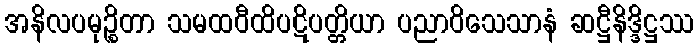
အနိလပမုဉ္စိတာ သမထဝီထိပဋိပတ္တိယာ ပညာဝိသေသာနံ ဆဋ္ဌီနိဒ္ဒိဋ္ဌဿ